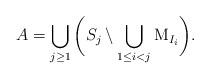
LaTeX: \begin{align*}A = \bigcup_{j\ge1}\bigg(S_j\setminus\bigcup_{1\le i<j}{\rm M}_{I_i}\bigg).\end{align*}